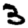
Digit: 3